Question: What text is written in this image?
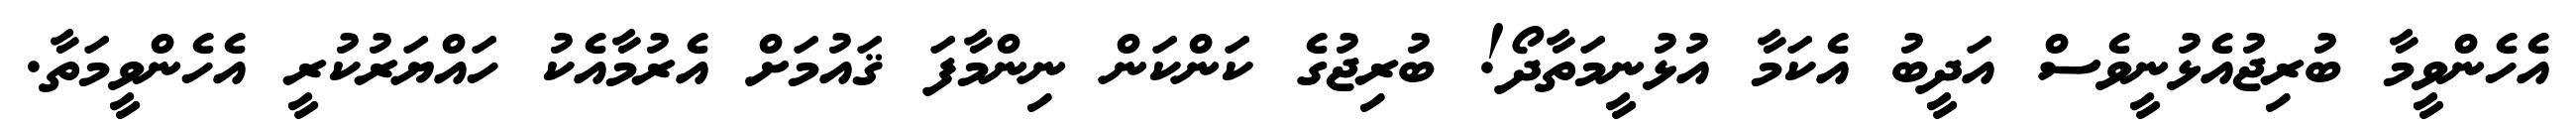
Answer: އެހެންވީމާ ބުރިޖުއެޅުނީވެސް އަދީބު އެކަމާ އުޅުނީމަތާދޯ! ބުރިޖުގެ ކަންކަން ނިންމާފަ ޤައުމަށް އެރުމާއެކު ހައްޔަރުކުރީ އެހެންވީމަތާ.